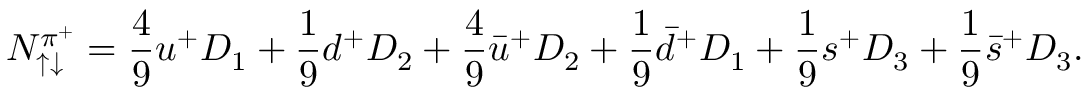
N _ { \uparrow \downarrow } ^ { \pi ^ { + } } = \frac { 4 } { 9 } u ^ { + } D _ { 1 } + \frac { 1 } { 9 } d ^ { + } D _ { 2 } + \frac { 4 } { 9 } \bar { u } ^ { + } D _ { 2 } + \frac { 1 } { 9 } \bar { d } ^ { + } D _ { 1 } + \frac { 1 } { 9 } s ^ { + } D _ { 3 } + \frac { 1 } { 9 } \bar { s } ^ { + } D _ { 3 } .